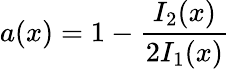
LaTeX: a(x)=1-\frac{I_{2}(x)}{2I_{1}(x)}